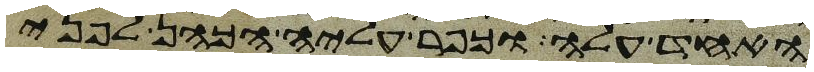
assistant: האחד עלה וכפר עליה הכהן לפני